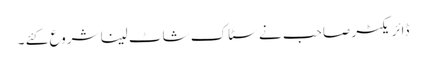
ڈائریکٹر صاحب نے سٹاک شاٹ لینا شروع کئے ۔